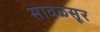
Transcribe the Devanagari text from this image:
सावळसूर